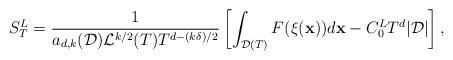
LaTeX: \begin{align*}S_{T}^{L}=\frac{1}{a_{d,k}(\mathcal{D})\mathcal{L}^{k/2}(T)T^{d-(k\delta)/2}}\left[\int_{\mathcal{D} (T)}F(\xi(\mathbf{x}))d\mathbf{x}-C_{0}^{L}T^{d}|\mathcal{D}|\right],\end{align*}